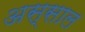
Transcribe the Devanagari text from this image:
अस्साल